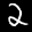
Label: 2